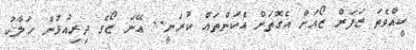
ކީއްވެތަ ޒަފަރް ޒޯއަށް އެގޮތަށް އެކަންތައް ކުރަނީ.. އޭނަ ޒޯގެ ދިރިއުޅުން ހަލާކު